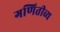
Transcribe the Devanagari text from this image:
गणितीव्य